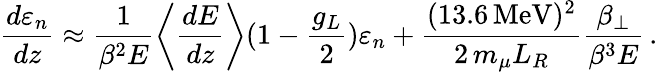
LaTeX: \frac{d\varepsilon_{n}}{dz}\approx\frac{1}{\beta^{2}E}\left<\frac{dE}{dz}\right>(1-\frac{g_{L}}{2})\varepsilon_{n}+\frac{(13.6\, \mathrm{{MeV}})^{2}}{2\, m_{\mu}L_{R}}\frac{\beta_{\perp}}{\beta^{3}E}\, .